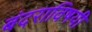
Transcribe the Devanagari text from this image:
बंदराविषयी